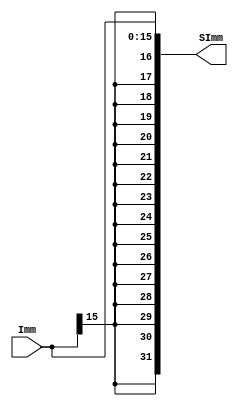
`timescale 1ns / 1ps
//////////////////////////////////////////////////////////////////////////////////
// Company: 
// Engineer: 
// 
// Design Name: 
// Module Name: SE
// Project Name: 
// Target Devices: 
// Tool Versions: 
// Description: 
// 
// Dependencies: 
// 
// Revision:
// Revision 0.01 - File Created
// Additional Comments:
// 
//////////////////////////////////////////////////////////////////////////////////


module SE(Imm, SImm);
    parameter   D_Input = 16,
                D_Width = 32;
    input [D_Input-1:0]Imm;
    output[D_Width-1:0]SImm;
    
    assign SImm = {{(D_Width-D_Input){Imm[D_Input-1]}}, Imm[D_Input-1:0]};
endmodule